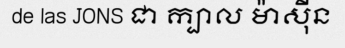
de las JONS ជា ក្បាល ម៉ាស៊ីន